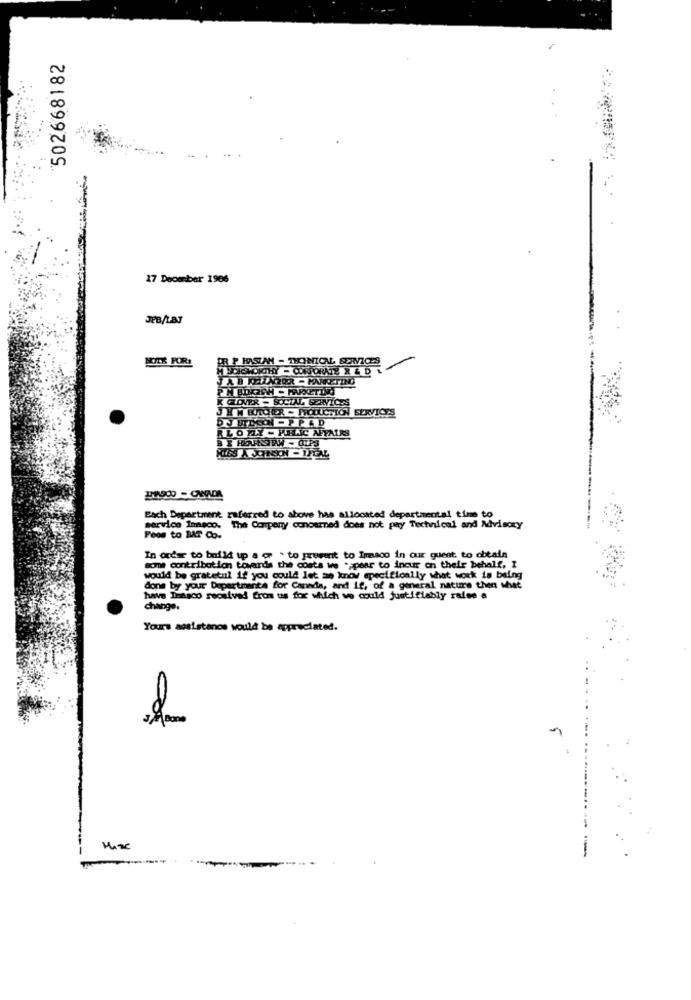
502668182
17 December 1986
JEB/LBJ
DR P HASTAN - THONICAL SERVICES
MYCKSWORTHY- CORPORATE R & D. L
PM BOKICH - MARKETING
J HM BUTCHER - PRODUCTION
K GLOVER - SOCIAL SERVICES
SERVICES
DJ ETLSO PPLD
BLODY - PERC AFFAIRS
Bach Department referred to above has allocated departmental time to
service Imagco. The Compeny concarned does not pay Technical and Advisory
Feos to MAT Co.
In order to build up a co " to prevent to frasco in our quent to obtain
some contribution towards the costs we .; pear to incur on their behalf, I
would be gratetul if you could let me know specifically that work is being
done by your Departments for Cannda, and if, of a general nature then what
huawe Dasco received from us for which we could justifiably raise a
change.
Yours assistance would be appreciated.
Mise